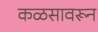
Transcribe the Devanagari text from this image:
कळसावरून